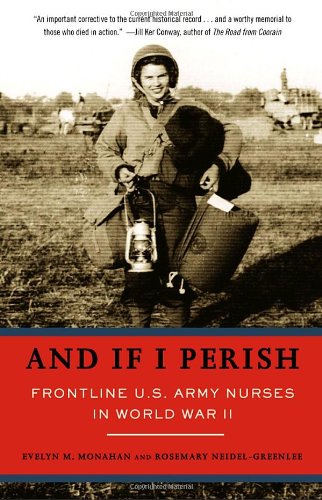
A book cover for And If I Perish: Frontline U.S. Army Nurses in World War II; Evelyn Monahan; Medical Books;